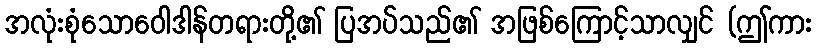
အလုံးစုံသောဝေါဒါန်တရားတို့၏ ပြအပ်သည်၏ အဖြစ်ကြောင့်သာလျှင် (ဤကား